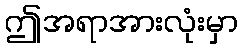
ဤအရာအားလုံးမှာ